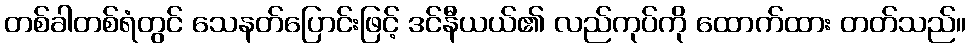
တစ်ခါတစ်ရံတွင် သေနတ်ပြောင်းဖြင့် ဒင်နီယယ်၏ လည်ကုပ်ကို ထောက်ထား တတ်သည်။